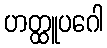
ဟတ္ထူပဂေါ